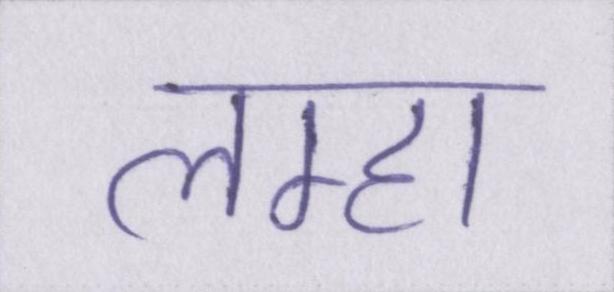
लम्हा